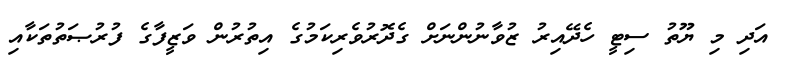
އަދި މި ޔޫތު ސިޓީ ހެދޭއިރު ޒުވާނުންނަށް ގެދޮރުވެރިކަމުގެ އިތުރުން ވަޒީފާގެ ފުރުޞަތުތަކާއި